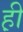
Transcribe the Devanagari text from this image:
ह़ी